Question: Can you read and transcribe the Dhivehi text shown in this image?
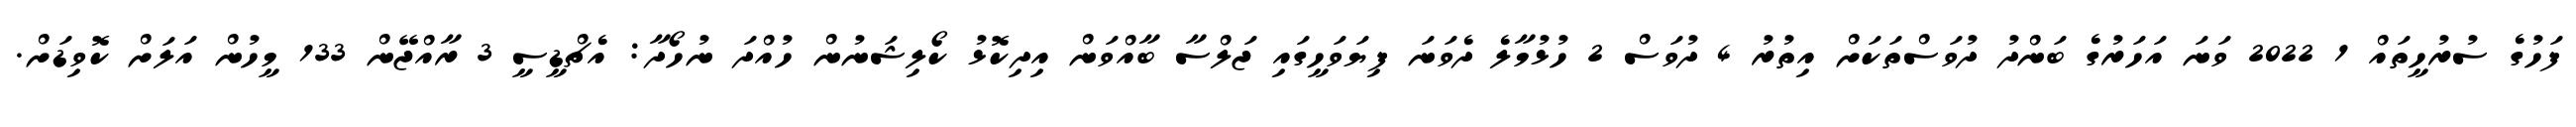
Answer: ފަހުގެ ސުރުހީތައް 1 2022 ވަނަ އަހަރުގެ ބަންދު ދުވަސްތަކަށް އިތުރު 4 ދުވަސް 2 ހުޅުމާލެ ދެވަނަ ފިޔަވަހީގައި ޖަލްސާ ބާއްވަން އިދިކޮޅު ކޯލިޝަނުން ހުއްދަ ނުހޯދާ: އެޗްޑީސީ 3 ރާއްޖޭން 133 މީހުން އަލަށް ކޮވިޑަށް.